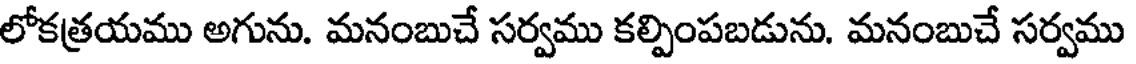
లోకత్రయము అగును. మనంబుచే సర్వము కల్పింపబడును. మనంబుచే సర్వము